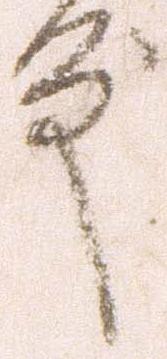
殿